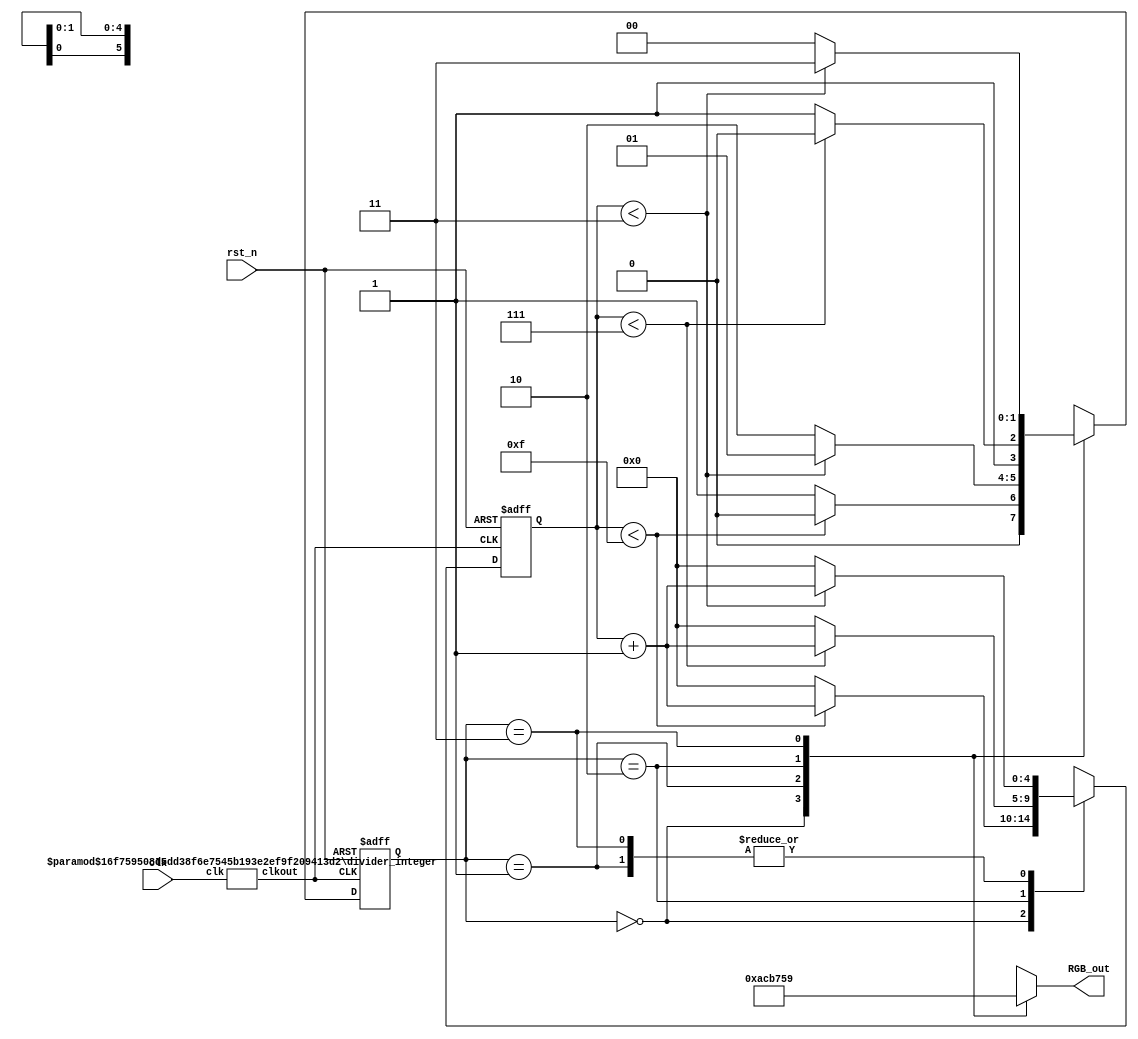
/*--------------------------------------------------------------------------------------------------- 	
*- File name: 			simple_traffic.v
*- Top Module name: 	simple_traffic
  - Submodules:		divider_integer
*- Description:			Using a state machine to control two RGB LEDs to simulate a traffic light
					
*- Example of Usage:
       - You may assign the output directly to the 2 RGB LEDs on the STEPFPGA board

* - Read more details in Chapter 5 (simple traffic light) of the tutorial book.
   
*- Copyright of this code: MIT License
--------------------------------------------------------------------------------------------------- */

module simple_traffic (
	input clk, rst_n,
	output reg [5:0] RGB_out		// connects the TWO RGB lights
);

// The four states
reg             [1:0] state;
parameter       S1 = 2'b00,       
                S2 = 2'b01,   
                S3 = 2'b10,   
                S4 = 2'b11; 

// RGB light, inverted logic; 111 means all OFF; 011 means R is ON, G and B are OFF
parameter       led_s1 = 6'b101011,   // '101' for Green, '011' for RED
                led_s2 = 6'b001011,   // '001' for Yellow, '011' for RED (yellow is not obvious)
                led_s3 = 6'b011101,   // '011' for Red, '101' for Green
                led_s4 = 6'b011001;   // '011' for Red, '001' for Yellow

// RGB light behaviors in each state
always @ (*)   begin
    case  (state)  
        S1:  RGB_out = led_s1; 
        S2:  RGB_out = led_s2; 
        S3:  RGB_out = led_s3; 
        S4:  RGB_out = led_s4; 
        default:  RGB_out = led_s1; 
    endcase
end

/**************************************   Integer Clock Divider  **********************************
	>>	Instantiate the clock divider module, and divide the 12MHz clock frequency by
	12000000 time thus generated a 1Hz clock signal
  *************************************************************************************************/	
wire clk1hz;
divider_integer # (.WIDTH (24),.N (12_000_000)) u1  (    
    .clk        (clk),      
    .clkout     (clk1hz)     
);

/***********************************   Traffic Control State Machine  ****************************/
// Implementing the state machine; use the 1Hz clock signal
reg	[4:0] time_cnt;		// Reserve 5 bit register space for timer counter
always @ (posedge clk1hz or negedge rst_n) begin
    if(!rst_n) begin
        state <= S1; 
        time_cnt <= 0;
    end
    else begin
        case  (state)  
            S1: if  (time_cnt < 4'd15) begin	// 15s
                    state <= S1; 
                    time_cnt <= time_cnt + 1; 
                end
                else begin
                    state <= S2; 
                    time_cnt <= 0; 
                end
            S2: if  (time_cnt < 4'd3) begin		// 3s
                    state <= S2; 
                    time_cnt <= time_cnt + 1; 
                end
                else begin
                    state <= S3; 
                    time_cnt <= 0; 
                end
            S3: if  (time_cnt < 4'd7) begin		// 7s
                    state <= S3; 
                    time_cnt <= time_cnt + 1; 
                end
                else begin
                    state <= S4; 
                    time_cnt <= 0; 
                end 
            S4: if  (time_cnt < 4'd3) begin		// 3s
                    state <= S4; 
                    time_cnt <= time_cnt + 1; 
                end
                else begin
                    state <= S1; 
                    time_cnt <= 0; 
                end
            default: begin
                    state <= S1; 
                    time_cnt <= 0;
            end
        endcase 
    end
end 
endmodule



/**************************************   Integer Clock Divider  **********************************
	>>	Frequency divider code; seen in Section 3.7 of the book
  *************************************************************************************************/	
module divider_integer # (           
    parameter   WIDTH = 24,          
    parameter   N     = 12000000     
)  
(
    input clk,
    output reg clkout 
);
reg [WIDTH-1:0] cnt; 
always @ (posedge clk) begin
    if(cnt>=(N-1))
        cnt <= 1'b0;
    else
        cnt <= cnt + 1'b1;
    clkout <= (cnt<N/2)?1'b1:1'b0;
end
endmodule